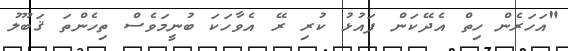
"އަހަރެން ހިތް އެދޭކަން ފައުޅު ކުރި ރޭ އެވާހަކަ ބުނީމަވެސް ތިހެންތަ ޤަބޫލު